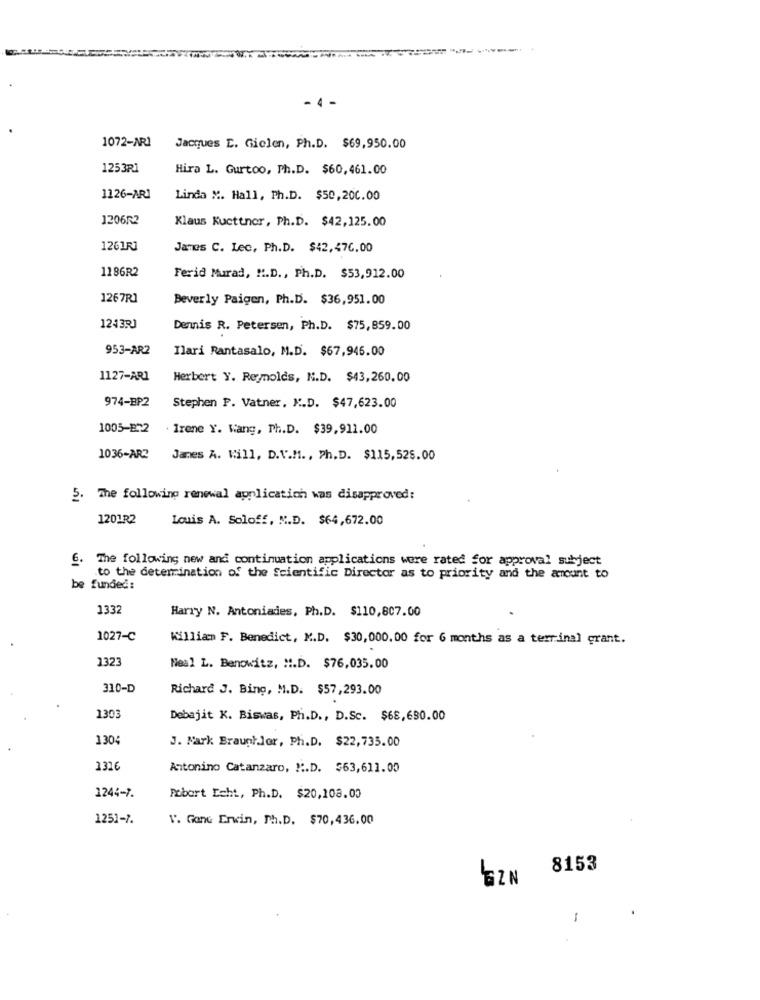
-4 -
1072-AR1
Jacques [. Gielen, Ph.D. $69,950.00
1253Ri
Hira L. Gurtoo, Ph.D. $60,461.00
1126-AR1
Linda M. Hall, Ph.D. $50,200.00
1206R2
Klaus Kucttnor, Ph.D. $42,125.00
1261RJ
James C. Lec, Ph.D. $42, 476.00
1186R2
Ferid Murad, M.D ., Ph.D. $53,912.00
1267RJ
Beverly Paigen, Ph.D. $36,951.00
1243RJ
Dennis R. Petersen, Ph.D. $75, 859.00
953-AR2
Ilari Rantasalo, M.D. $67,945.00
1127-AR1
Herbert Y. Reynolds, N.D. $43,260.00
974-BP2
Stephen P. Vatner, K.D. $47,623.00
1005-22
. Irene Y. Wang, Ph.D. $39,911.00
1036-AR2
Janes A. Will, D.V.M ., Ph.D. $115,525.00
5. The following renewal application was disapproved:
1201R2
Louis A. Soloff, N.D. $64,672.00
6.
The following new and continuation applications were rated for approval subject
to the determination of the Scientific Director as to priority and the amount to
be funded:
1332
Harry N. Antoniades, Ph.D. $110,807.00
1027-C
Killian F. Benedict, M.D. $30,000.00 for 6 months as a terrinal grant.
1323
Neal L. Benowitz, H.D. $76,035.00
310-D
Richard J. Bing, M.D. $57,293.00
1303
Debajit K. Biswas, Ph.D ., D.Sc. $68,690.00
1304
J. Mark BraunhJor, Ph.D. $22,735.00
1326
Antonino Catanzaro, " :. D. $63,611.00
1244-7.
Pobort Echt, Ph.D. $20,108.00
1251-7.
V. Gane Erwin, Ph.D. $70,436.00
8153
ZN
1